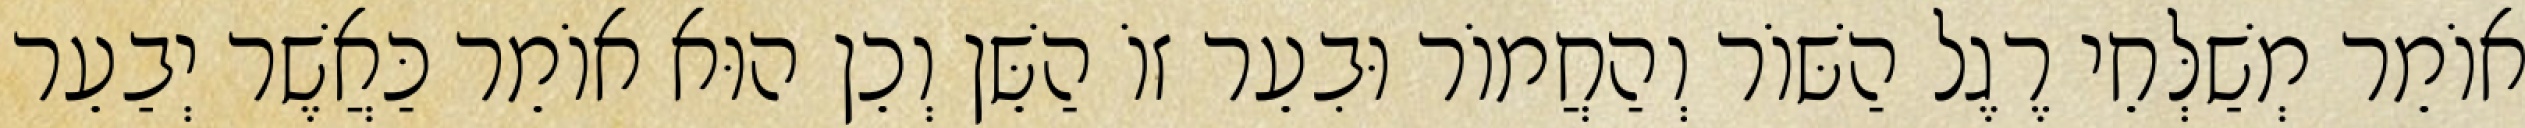
אוֹמֵר מְשַׁלְּחֵי רֶגֶל הַשּׁוֹר וְהַחֲמוֹר וּבִעֵר זוֹ הַשֵּׁן וְכֵן הוּא אוֹמֵר כַּאֲשֶׁר יְבַעֵר